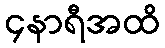
၄နာရီအထိ